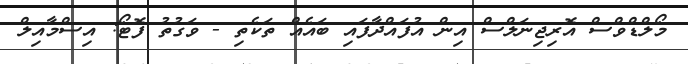
މޯލްޑްވްސް އޮރިޖިނަލްސް އިން އުފައްދާފައި ބައެއް ތަކެތި - ވަގުތު ފޮޓޯ: އިސްމާއިލް